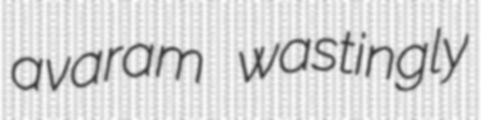
avaram wastingly